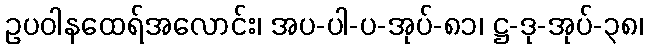
ဥပဝါနထေရ်အလောင်း၊ အပ-ပါ-ပ-အုပ်-၈၁၊ ဋ္ဌ-ဒု-အုပ်-၃၈၊